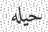
حيله